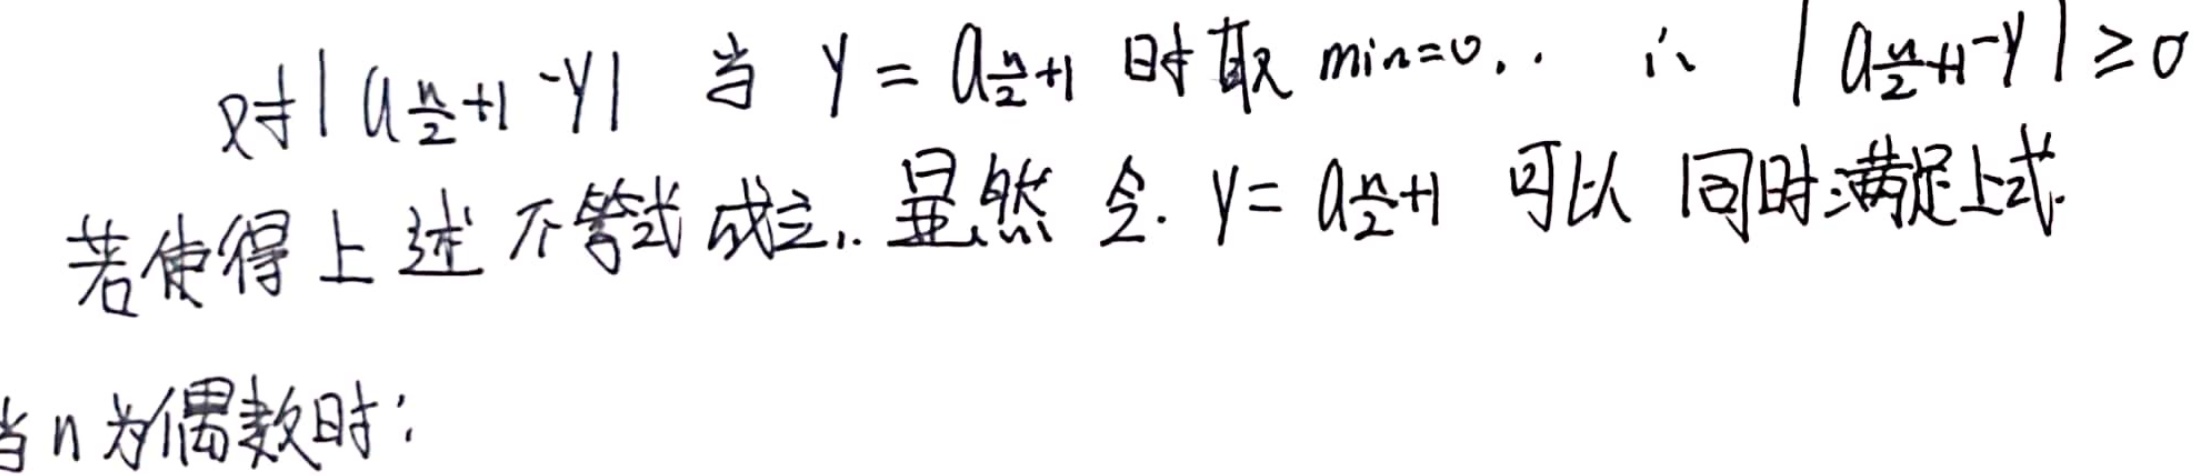
对\(\vert a_{\frac{n}{2}+1}-y\vert\)，当\(y = a_{\frac{n}{2}+1}\)时取\(\min = 0\)，\(\therefore\vert a_{\frac{n}{2}+1}-y\vert\geq0\)。若使得上述不等式成立，显然令\(y = a_{\frac{n}{2}+1}\)可以同时满足上式。当\(n\)为偶数时：